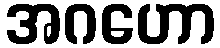
အဂဟော